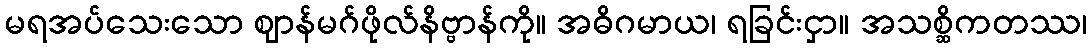
မရအပ်သေးသော ဈာန်မဂ်ဖိုလ်နိဗ္ဗာန်ကို။ အဓိဂမာယ၊ ရခြင်းငှာ။ အသစ္ဆိကတဿ၊